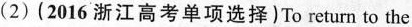
(2)(2016 浙江高考单项选择)To return to the